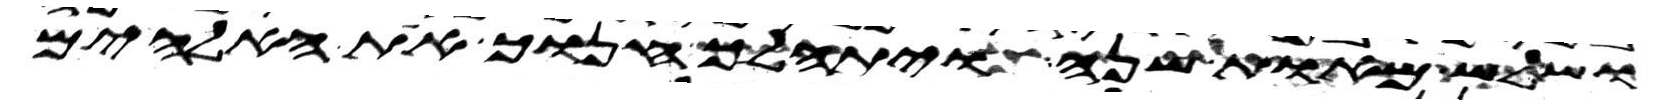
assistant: ושלש מאות שנה ויתהלך חנוך את האלהים